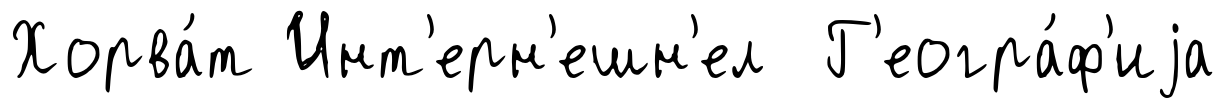
Хорва́т Инт'ерн'ешн'ел Г'еогра́ф'иjа